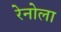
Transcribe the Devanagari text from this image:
रेनोला